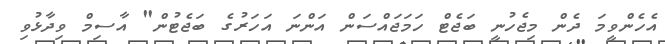
އެހެންވީމަ ދެން މިޖެހުނީ ބަޖެޓް ހަމަޖައްސަން އަންނަ އަހަރުގެ ބަޖެޓުން" އާސިމް ވިދާޅުވި